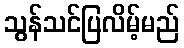
သွန်သင်ပြလိမ့်မည်